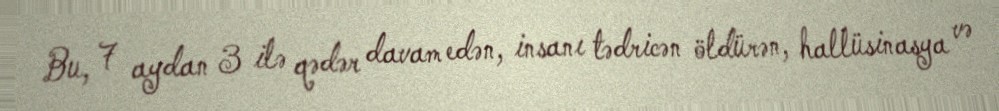
Bu, 7 aydan 3 ilə qədər davam edən, insanı tədricən öldürən, hallüsinasya və